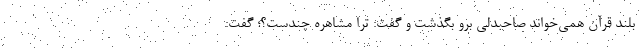
بلند قرآن همي‌خواند صاحبدلي برو بگذشت و گفت: ترا مشاهره چندست؟؛ گفت: